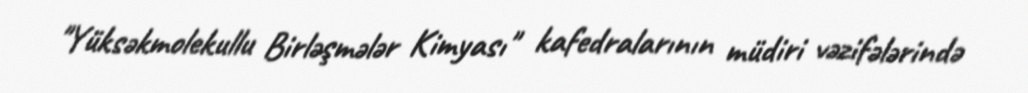
"Yüksəkmolekullu Birləşmələr Kimyası" kafedralarının müdiri vəzifələrində